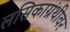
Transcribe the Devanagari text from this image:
लसिकाग्रंथीवर